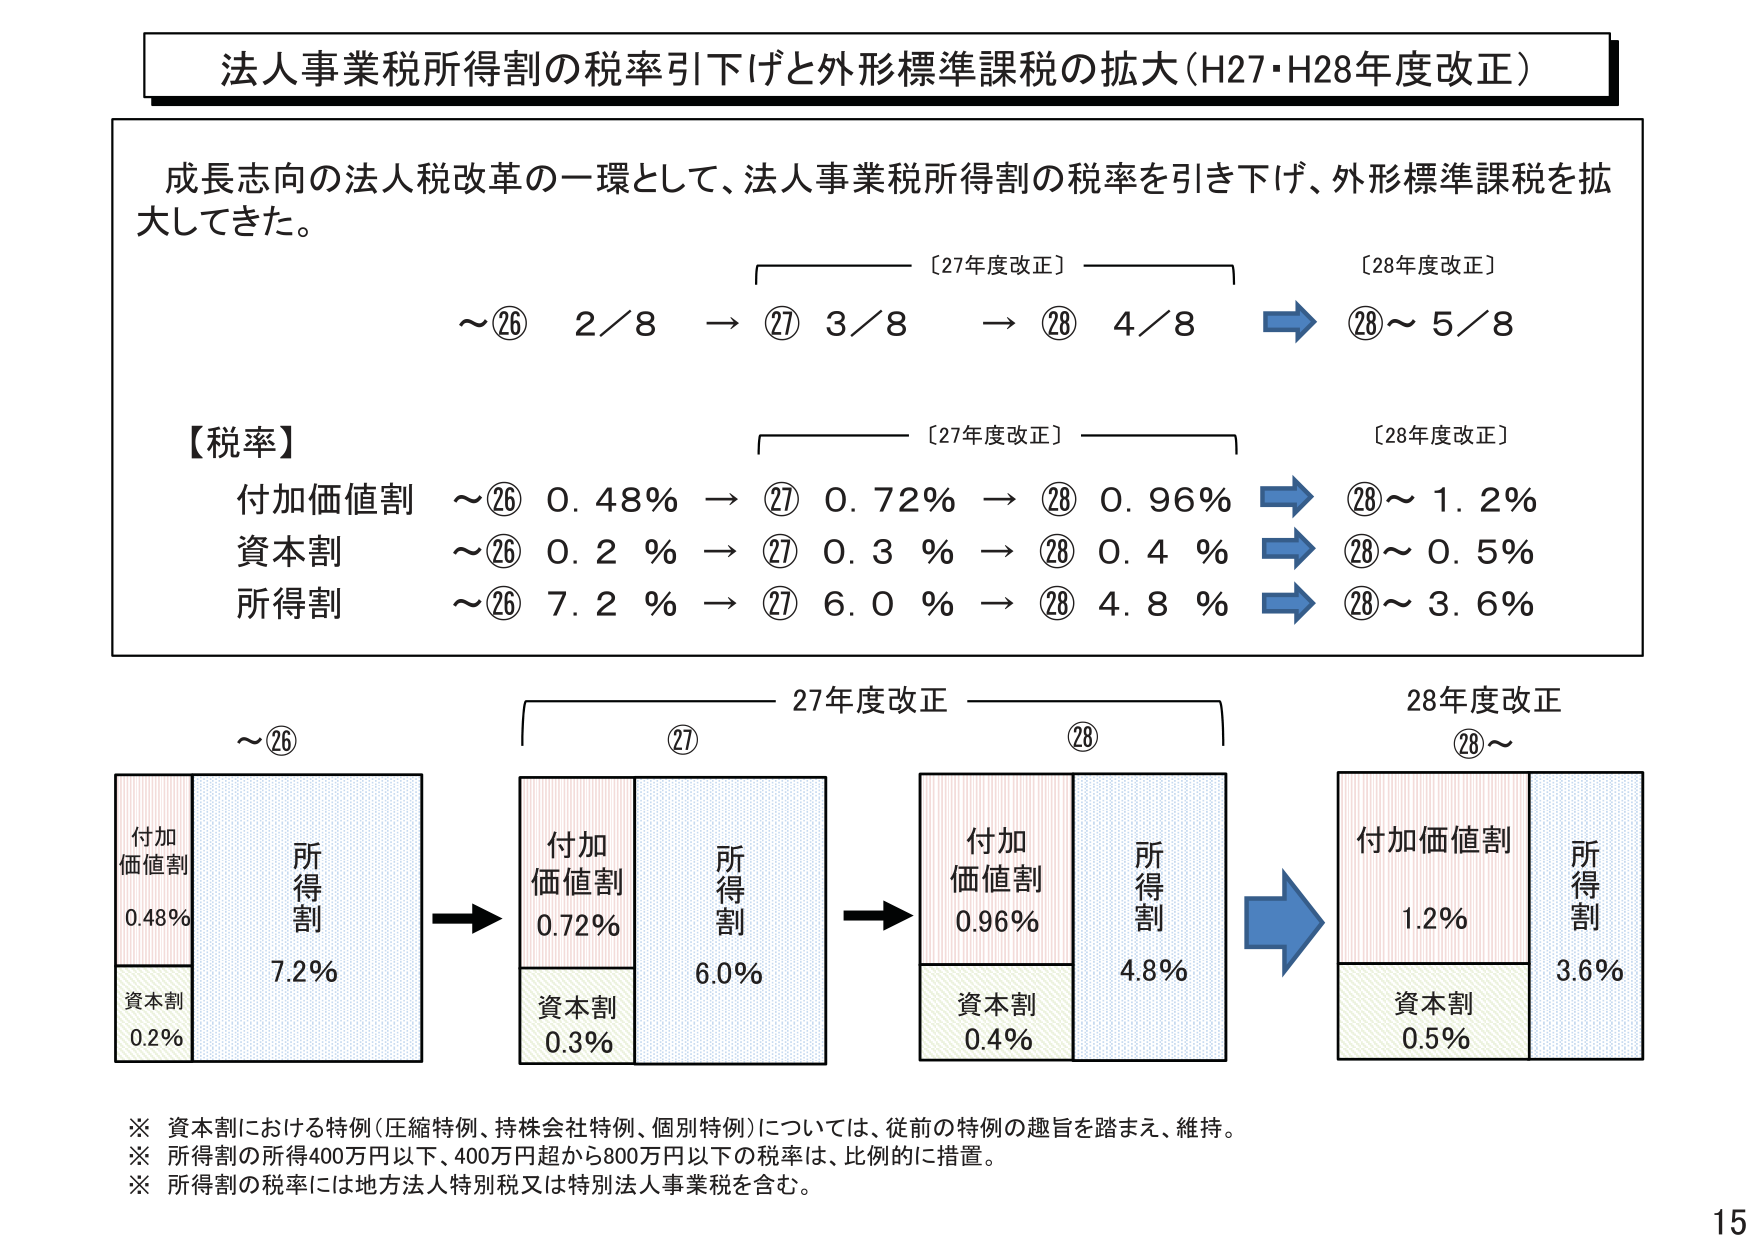
法人事業税所得割の税率引下げと外形標準課税の拡大（H27・H28年度改正）

成長志向の法人税改革の一環として、法人事業税所得割の税率を引き下げ、外形標準課税を拡大してきた。

～⑳ 2／8 → ㉗ 3／8 → ㉘ 4／8 → ㉘～ 5／8
［27年度改正］
［28年度改正］

【税率】
付加価値割 ～⑳ 0.48% → ㉗ 0.72% → ㉘ 0.96% → ㉘～ 1.2%
資本割 ～⑳ 0.2% → ㉗ 0.3% → ㉘ 0.4% → ㉘～ 0.5%
所得割 ～⑳ 7.2% → ㉗ 6.0% → ㉘ 4.8% → ㉘～ 3.6%
［27年度改正］
［28年度改正］

～⑳
付加価値割 0.48%
所得割 7.2%
資本割 0.2%

㉗
付加価値割 0.72%
所得割 6.0%
資本割 0.3%

㉘
付加価値割 0.96%
所得割 4.8%
資本割 0.4%

㉘～
付加価値割 1.2%
所得割 3.6%
資本割 0.5%

※ 資本割における特例（圧縮特例、持株会社特例、個別特例）については、従前の特例の趣旨を踏まえ、維持。
※ 所得割の所得400万円以下、400万円超から800万円以下の税率は、比例的に措置。
※ 所得割の税率には地方法人特別税又は特別法人事業税を含む。

15